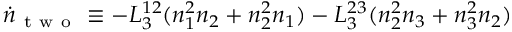
\dot { n } _ { \mathrm { ~ t ~ w ~ o ~ } } \equiv - L _ { 3 } ^ { 1 2 } ( n _ { 1 } ^ { 2 } n _ { 2 } + n _ { 2 } ^ { 2 } n _ { 1 } ) - L _ { 3 } ^ { 2 3 } ( n _ { 2 } ^ { 2 } n _ { 3 } + n _ { 3 } ^ { 2 } n _ { 2 } )